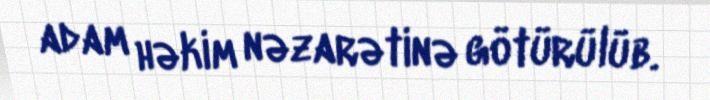
adam həkim nəzarətinə götürülüb.